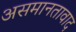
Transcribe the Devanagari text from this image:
असमानतावाद